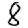
Digit: 8